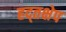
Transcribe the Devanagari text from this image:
हद्तक्षेप